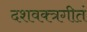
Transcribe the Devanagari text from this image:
दशवक्त्रगीतं